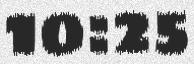
10:25